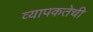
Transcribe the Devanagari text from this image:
व्यापकतेची